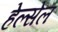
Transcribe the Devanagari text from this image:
हेल्सेल